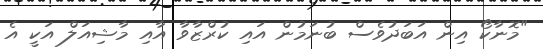
"މޮނާކޯ އިން އަބަދުވެސް ބުނަމުން އައި ކުރްޒާވާ އާއި މާޝިއަލް އަކީ އެ